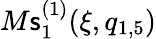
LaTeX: M\mathsf{s}_{1}^{(1)}(\xi,q_{1,5})